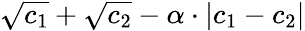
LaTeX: \sqrt{c_{1}}+\sqrt{c_{2}}-\alpha\cdot|c_{1}-c_{2}|